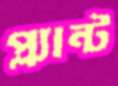
প্ল্যান্ট